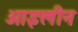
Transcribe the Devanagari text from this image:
आइलीन